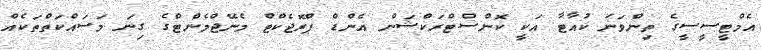
އެމްޓީސީސީގެ ތިންވަނަ ކުއާޓާ އަކީ ކޮންސްޓްރަކްޝަން އެންޑް ޕްރޮޖެކްޓް މެނޭޖްމެންޓްގެ ގިނަ މަސައްކަތްތަކެއް